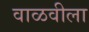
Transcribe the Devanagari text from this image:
वाळवीला